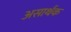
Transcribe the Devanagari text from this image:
असार्थक